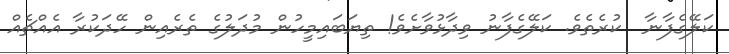
ކަލޭގެފާނާ  ކުރެތެވެ. ކަލޭގެފާނު ވިދާޅުވާށެވެ! ތިޔަބައިމީހުން މުދަލުގެ ތެރެއިން ހޭދަކުރާ އެއްޗެއް